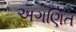
અગણિત